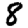
Digit: 8